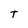
Character: T